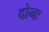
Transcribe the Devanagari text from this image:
दोनः